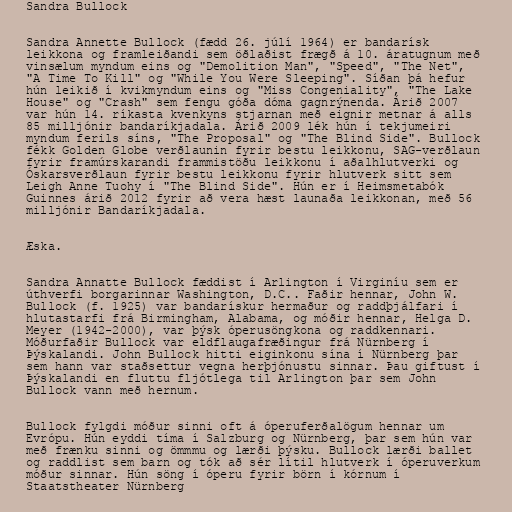
Sandra Bullock

Sandra Annette Bullock (fædd 26. júlí 1964) er bandarísk
leikkona og framleiðandi sem öðlaðist frægð á 10. áratugnum með
vinsælum myndum eins og "Demolition Man", "Speed", "The Net",
"A Time To Kill" og "While You Were Sleeping". Síðan þá hefur
hún leikið í kvikmyndum eins og "Miss Congeniality", "The Lake
House" og "Crash" sem fengu góða dóma gagnrýnenda. Árið 2007
var hún 14. ríkasta kvenkyns stjarnan með eignir metnar á alls
85 milljónir bandaríkjadala. Árið 2009 lék hún í tekjumeiri
myndum ferils síns, "The Proposal" og "The Blind Side". Bullock
fékk Golden Globe verðlaunin fyrir bestu leikkonu, SAG-verðlaun
fyrir framúrskarandi frammistöðu leikkonu í aðalhlutverki og
Óskarsverðlaun fyrir bestu leikkonu fyrir hlutverk sitt sem
Leigh Anne Tuohy í "The Blind Side". Hún er í Heimsmetabók
Guinnes árið 2012 fyrir að vera hæst launaða leikkonan, með 56
milljónir Bandaríkjadala.

Æska.

Sandra Annatte Bullock fæddist í Arlington í Virginíu sem er
úthverfi borgarinnar Washington, D.C.. Faðir hennar, John W.
Bullock (f. 1925) var bandarískur hermaður og raddþjálfari í
hlutastarfi frá Birmingham, Alabama, og móðir hennar, Helga D.
Meyer (1942-2000), var þýsk óperusöngkona og raddkennari.
Móðurfaðir Bullock var eldflaugafræðingur frá Nürnberg í
Þýskalandi. John Bullock hitti eiginkonu sína í Nürnberg þar
sem hann var staðsettur vegna herþjónustu sinnar. Þau giftust í
Þýskalandi en fluttu fljótlega til Arlington þar sem John
Bullock vann með hernum.

Bullock fylgdi móður sinni oft á óperuferðalögum hennar um
Evrópu. Hún eyddi tíma í Salzburg og Nürnberg, þar sem hún var
með frænku sinni og ömmmu og lærði þýsku. Bullock lærði ballet
og raddlist sem barn og tók að sér lítil hlutverk í óperuverkum
móður sinnar. Hún söng í óperu fyrir börn í kórnum í
Staatstheater Nürnberg